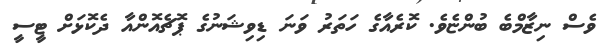
ވެސް ނިޒާމްބެ ބުންޏެވެ. ކޮރެއާގެ ހަތަރު ވަނަ ޑިވިޝަނުގެ ޕޮޗެއޮންއާ ދެކޮޅަށް ޓީސީ